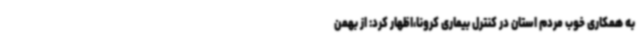
به همکاری خوب مردم استان در کنترل بیماری کرونا،اظهار کرد: از بهمن